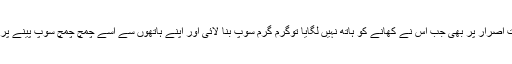
اس کے بہت اصرار پر بھی جب اس نے کھانے کو ہاتھ نہیں لگایا توگرم گرم سوپ بنا لائی اور اپنے ہاتھوں سے اسے چمچ چمچ سوپ پینے پر مجبور کیا۔